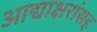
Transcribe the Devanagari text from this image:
आद्याक्षरांसह